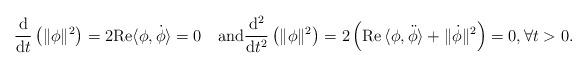
LaTeX: \begin{align*}\frac{\mathrm{d}}{\mathrm{d}t}\left(\|\phi\|^2\right)=2\mathrm{Re}\langle\phi,\dot{\phi}\rangle=0 \quad\mbox{and}\frac{\mathrm{d}^2}{\mathrm{d}t^2}\left(\|\phi\|^2\right)= 2\left(\mathrm{Re}\,\langle\phi,\ddot{\phi}\rangle+\|\dot{\phi}\|^2\right)=0,\forall t>0. \end{align*}